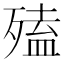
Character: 𣩄